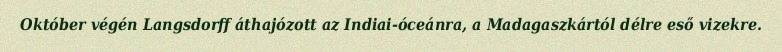
Október végén Langsdorff áthajózott az Indiai-óceánra, a Madagaszkártól délre eső vizekre.